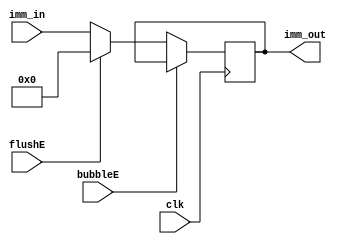
`timescale 1ns / 1ps
//  
    //  ID/EX.Imm 
// 
    // 

module Imm_EX(
    input wire clk, bubbleE, flushE,
    input wire [31:0] imm_in,
    output reg [31:0] imm_out
    );
    initial imm_out = 0;
    
    always@(posedge clk)
        if (!bubbleE) 
        begin
            if (flushE)
                imm_out <= 0;
            else 
                imm_out <= imm_in;
        end
endmodule